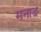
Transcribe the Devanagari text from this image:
मनाङ